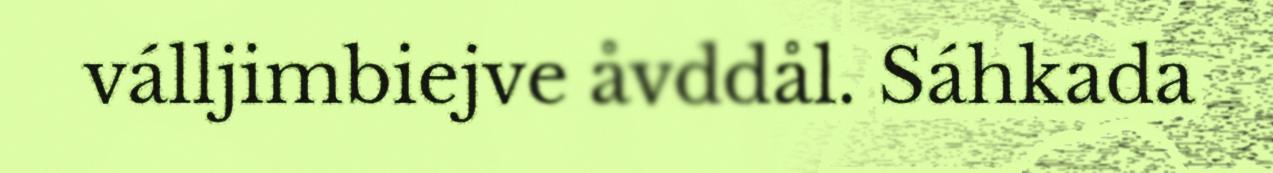
válljimbiejve åvddål. Sáhkada